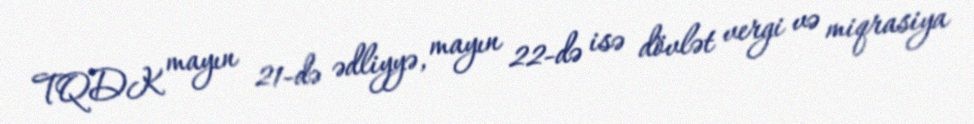
TQDK mayın 21-də ədliyyə, mayın 22-də isə dövlət vergi və miqrasiya